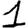
Digit: 1